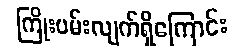
ကြိုးပမ်းလျက်ရှိကြောင်း